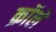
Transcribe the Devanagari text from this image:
क्रॉले